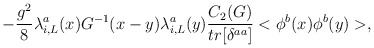
\begin{align*}-\frac{g^2}{8} \lambda_{i,L}^a(x) G^{-1}(x-y)\lambda_{i,L}^a(y)\frac{C_2(G)}{tr[\delta^{aa}]}<\phi^b(x)\phi^b(y)>,\end{align*}